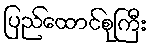
ပြည်ထောင်စုကြီး